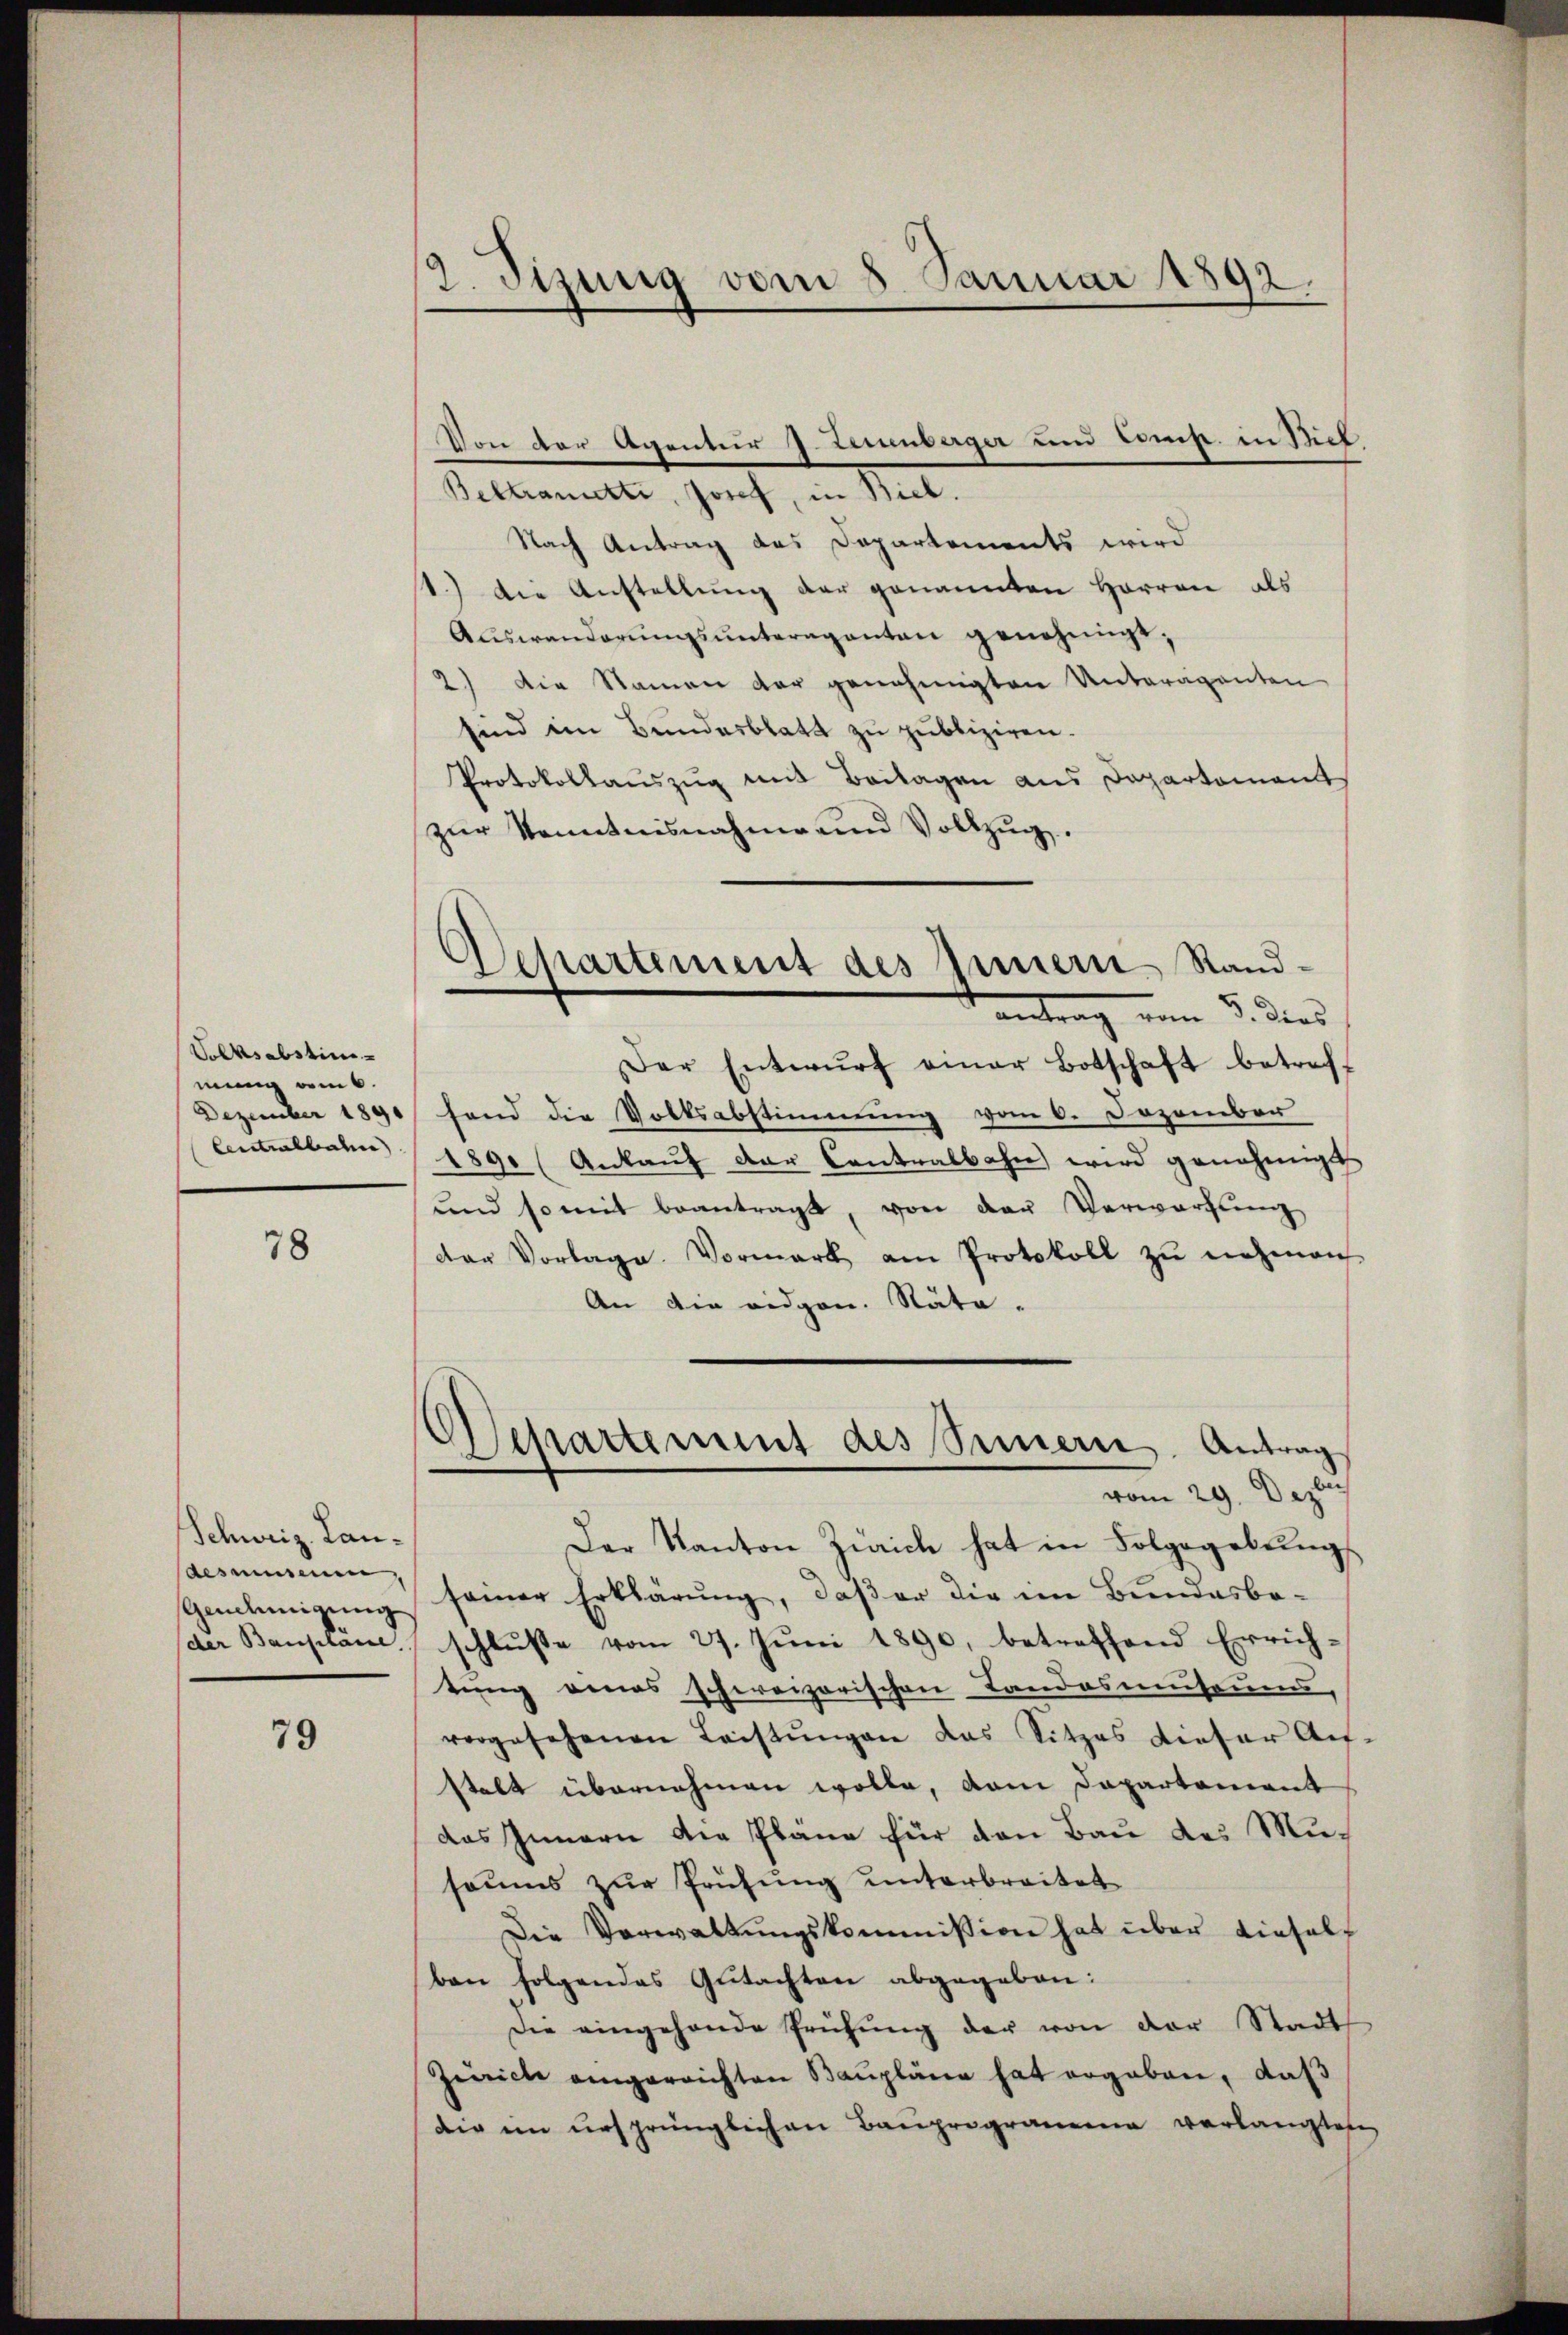
Volksabstinmung vom 6.
Dezember 1890
Centralbahn

78

Schweiz. Landesmuseum,
Genlinigung
der Bauplane.

79

2. Tizung vom 8. Januar 1892.

Beltramette, Josef, in Biel.
Nach Antrag das Departements wird
st.) Die Anstellung der genannten Herren als
Auswanderŭngsŭnteraganten genehmigt,
2) Die Namen der genehmigten Unteraganten
sind im Bundesblatt zu publiziren.
Protokollauszug mit Beilagen aus Departomant
zŭr Kenntnisnahme und Vollzŭg.
Der Entwŭrf einer Botschaft betref-
fend die Volksabstimmung vom 6. Dezember
189. (Ankaŭf der Contralbahn wird genehmigt.
und so mit beantragt, von der Verwartung
der Vorlage. Vormark am Protokoll zŭ nehmen
An die eidgen. Nata-
Departement des Simern. Antrag
vom 29. Dezbr
Der Kanton Zürich hat in Folgegebŭng
samer Erklärung, daß er die im Bundesbe-
schlusse vom 27. Juni 1890, betreffend Errich-
tung eines schweizerischen Landosmuseums,
vorgesehenen Leistŭngen das Sitzes dieser Au
stalt übernehmen wolle, dem Dapartement
das Innern die Plane für den Bau des Musaums zur Prüfung unterbreitet
Die Verwaltungskommission hat über diesel
ben folgendes Gutachten abgegeben:
Die eingehende Prüfung der von der Stadt
Zürich eingereichten Baupläne hat ergeben, daß
die im ursprünglichen Bauprogramma verlangtes

Von der Agentur J. Launberger und Const. in Biel

Departement des Innern Randantrag vom 3. dies